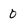
Character: 0